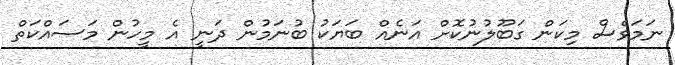
ނަމަވެސް މިކަން ގަބޫލުނުކޮށް އަނެއް ބަޔަކު ބުނަމުން ދަނީ އެ މީހުން މަސައްކަތް